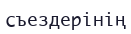
съездерінің